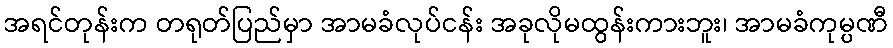
အရင်တုန်းက တရုတ်ပြည်မှာ အာမခံလုပ်ငန်း အခုလိုမထွန်းကားဘူး၊ အာမခံကုမ္ပဏီ